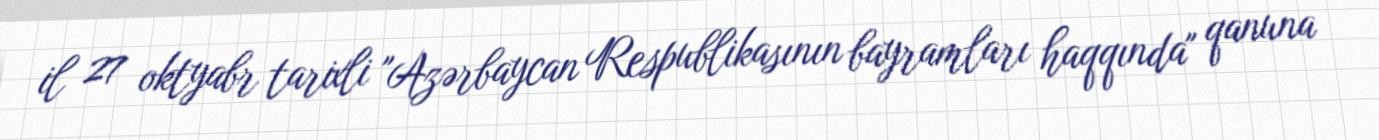
il 27 oktyabr tarixli "Azərbaycan Respublikasının bayramları haqqında" qanuna